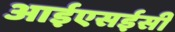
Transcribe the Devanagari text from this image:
आईएसईसी